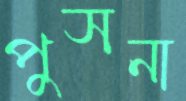
পুসনা